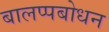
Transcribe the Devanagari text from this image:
बालप्पबोधन